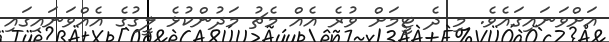
އަށްވަނައިގައެވެ. މި ދެ ޓީމަށް ވުރެ އެއް މެޗު މަދުންކުޅެ ލީގުގެ އެއްވަނައިގައި